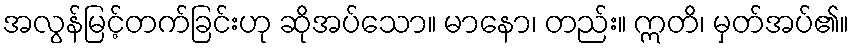
အလွန်မြင့်တက်ခြင်းဟု ဆိုအပ်သော။ မာနော၊ တည်း။ ဣတိ၊ မှတ်အပ်၏။